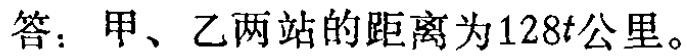
答：甲、乙两站的距离为\(128t\)公里。